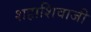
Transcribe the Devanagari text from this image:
शहाशिवाजी